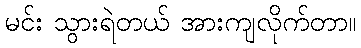
မင်း သွားရဲတယ် အားကျလိုက်တာ။